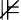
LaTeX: \nVDash